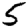
Digit: 5